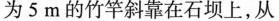
5m的竹竿斜靠在石坝上，从